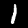
Label: 1